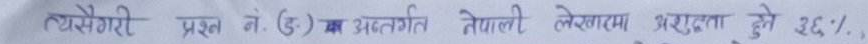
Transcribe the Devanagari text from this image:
त्यसैवगरी प्रश्न नं. (ङ) का अन्तर्गत नेपालले लेखनमा सहायता हुने ३६%,